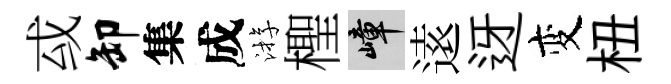
㦯卸集成㳺檉嶂逺迓变杻